Epidemic dropsy in Calcutta - Number 45
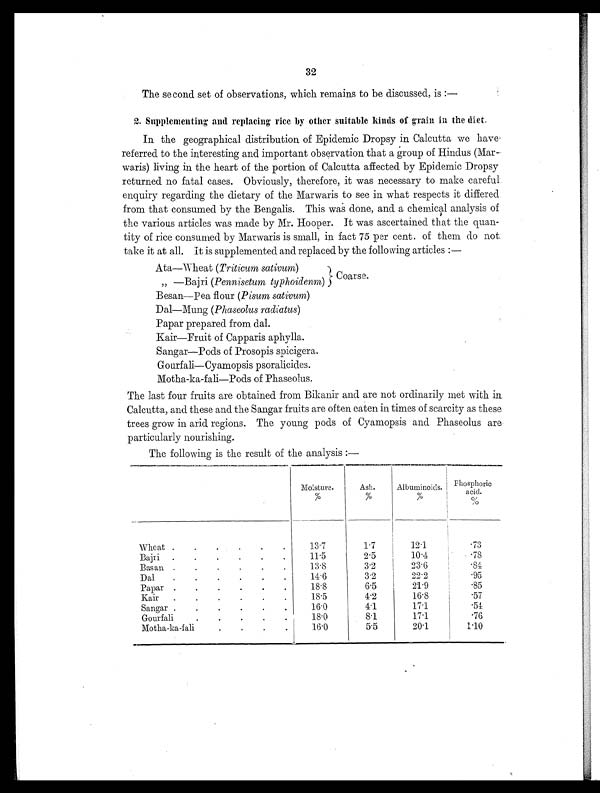
32
The second set of observations, which remains to be discussed, is :—
2. Supplementing. and replacing rice by other suitable kinds of grain in the diet.
In the geographical distribution of Epidemic Dropsy in Calcutta we have
referred to the interesting and important observation that a group of Hindus (Mar-
waris) living in the heart of the portion of Calcutta affected by Epidemic Dropsy
returned no fatal cases. Obviously, therefore, it was necessary to make careful
enquiry regarding the dietary of the Marwaris to see in what respects it differed
from that consumed by the Bengalis. This was done, and a chemical analysis of
the various articles was made by Mr. Hooper. It was ascertained that the quan-
tity of rice consumed by Marwaris is small, in fact 75 per cent. of them do not
take it at all. It is supplemented and replaced by the following articles :—
Ata—Wheat ( Triticum sativum)
Coarse.
„ —Bajri ( Pennisetum typhoidenm )
Besan—Pea flour ( Pisum sativum )
Dal—Mung ( Phaseolus radiatus )
Papar prepared from dal.
Kair—Fruit of Capparis aphylla.
Sangar—Pods of Prosopis spicigera.
Gourfali—Cyamopsis psoralicides.
Motha-ka-fali—Pods of Phaseolus.
The last four fruits are obtained from Bikanir and are not ordinarily met with in
Calcutta, and these and the Sangar fruits are often eaten in times of scarcity as these
trees grow in arid regions. The young pods of Cyamopsis and Phaseolus are
particularly nourishing.
The following is the result of the analysis :—
Moisture.
%
Ash.
%
Albuminoids.
%
P h o s p h o r i c
acid.
%
Wheat .
.
.
.
.
.
13.7
1.7
12.1
. 7 3
Bajri
.
.
.
.
.
.
11.5
2.5
1 0 . 4
.78
Basan .
.
.
.
.
.
13.8
3.2
23.6
.84
Dal
.
.
.
.
.
.
14.6
3.2
22.2
. 9 5
Papar .
.
.
.
.
.
18.8
6.5
21.9
. 8 5
Kair
.
.
.
.
.
.
18.5
4.2
16.8
.57
Sangar .
.
.
.
.
.
16.0
4 . 1
17.1
.54
Gourfali
.
.
.
.
.
18.0
8.1
1 7 . 1
. 7 6
Motha-ka-fali
.
.
.
.
16.0
5.5
2 0 . 1
1.10